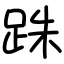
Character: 跦